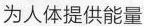
为人体提供能量